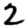
Digit: 2